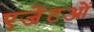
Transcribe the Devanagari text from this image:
एजेंटओं